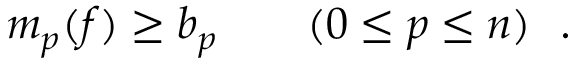
m _ { p } ( f ) \geq b _ { p } \qquad ( 0 \leq p \leq n ) \ \ .